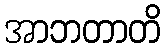
အာဘတာတိ